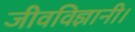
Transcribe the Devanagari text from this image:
जीवविज्ञानी।